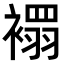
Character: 𧝁